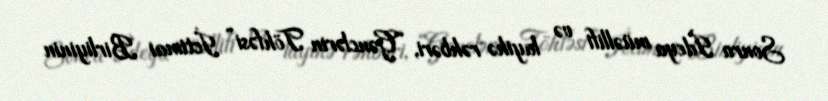
Sonra İdeya müəllifi və layihə rəhbəri, “Gənclərin Töhfəsi” İctimai Birliyinin